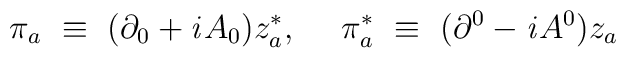
\pi_a~\equiv~(\partial_0 + {\it i}A_0)z^*_a,~~~~\pi_a^*~\equiv~(\partial^0 - {\it i}A^0)z_a